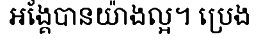
អង្គែបានយ៉ាងល្អ។ ប្រេង